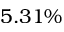
5 . 3 1 \%